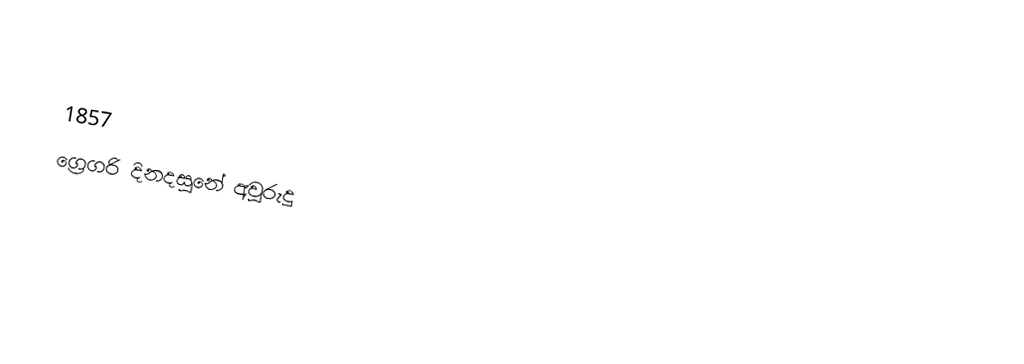

1857
ග්‍රෙගරි දිනදසුනේ අවුරුදු